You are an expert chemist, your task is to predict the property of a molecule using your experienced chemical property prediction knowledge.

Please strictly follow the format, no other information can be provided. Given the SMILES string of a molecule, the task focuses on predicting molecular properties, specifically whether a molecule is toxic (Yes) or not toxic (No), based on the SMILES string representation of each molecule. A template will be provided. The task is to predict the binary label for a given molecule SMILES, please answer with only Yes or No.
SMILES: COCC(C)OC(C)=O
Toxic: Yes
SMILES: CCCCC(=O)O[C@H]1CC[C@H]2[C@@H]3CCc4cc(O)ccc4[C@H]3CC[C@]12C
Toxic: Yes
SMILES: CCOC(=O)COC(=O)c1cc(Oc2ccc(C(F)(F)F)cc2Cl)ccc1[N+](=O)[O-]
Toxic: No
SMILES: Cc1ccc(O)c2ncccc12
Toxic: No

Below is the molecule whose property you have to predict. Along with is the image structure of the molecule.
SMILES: NCC(O)c1ccc(O)cc1
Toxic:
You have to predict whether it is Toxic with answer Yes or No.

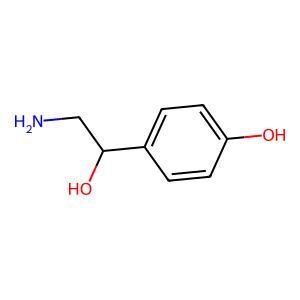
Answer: No